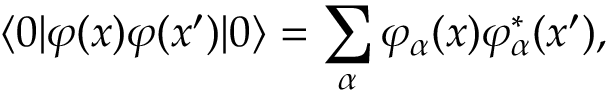
\langle 0 | \varphi ( x ) \varphi ( x ^ { \prime } ) | 0 \rangle = \sum _ { \alpha } \varphi _ { \alpha } ( x ) \varphi _ { \alpha } ^ { \ast } ( x ^ { \prime } ) ,